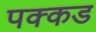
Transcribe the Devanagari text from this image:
पक्कड